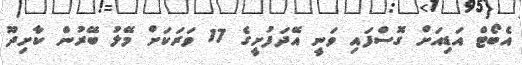
އެބޯޓް އަޑިއަށް ގޮސްފައި ވަނީ އޭދަފުށީގެ 17 ވަރަކަށް މޭލު ބޭރުން ކާށިދޫ